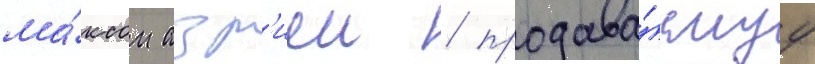
ма́ксом азр'иеи / продава́емуу